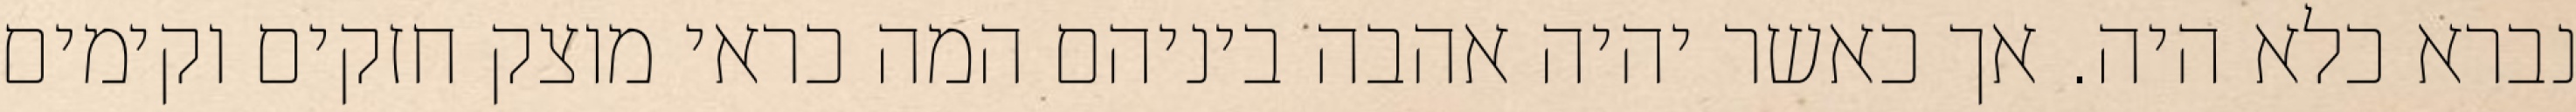
נברא כלא היה. אך כאשר יהיה אהבה ביניהם המה כראי מוצק חזקים וקימים